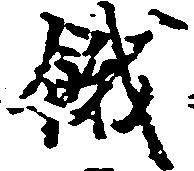
餓